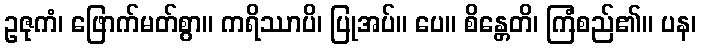
ဥဇုကံ၊ ဖြောက်မတ်စွာ။ ကရိဿာပိ၊ ပြုအပ်။ ပေ။ စိန္တေတိ၊ ကြံစည်၏။ ပန၊